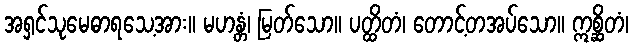
အရှင်သုမေဓာရသေ့အား။ မဟန္တံ၊ မြတ်သော။ ပတ္ထိတံ၊ တောင့်တအပ်သော။ ဣစ္ဆိတံ၊